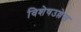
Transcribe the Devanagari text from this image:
विशेषउल्लेख